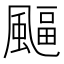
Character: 𩘆